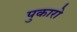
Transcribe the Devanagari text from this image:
पुकारो